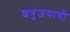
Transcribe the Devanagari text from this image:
शत्रुंजयाची